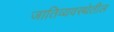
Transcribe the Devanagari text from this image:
जातिव्यवस्थेतील